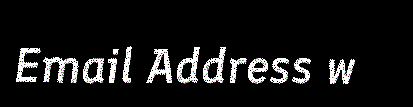
Email Address w